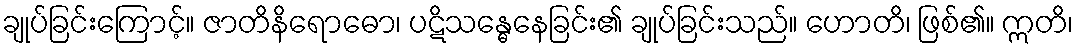
ချုပ်ခြင်းကြောင့်။ ဇာတိနိရောဓော၊ ပဋိသန္ဓေနေခြင်း၏ ချုပ်ခြင်းသည်။ ဟောတိ၊ ဖြစ်၏။ ဣတိ၊